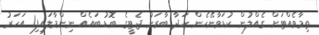
ތިމާވެއްޓަށް ގެއްލުން ކުޑަވާނޭހެން ހަދާ ބާރަށު ޖެޓީގެ ބޮޑު ބައެއް ނިންމާލައިފި1 އަހަރު